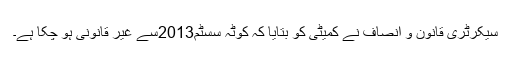
سیکرٹری قانون و انصاف نے کمیٹی کو بتایا کہ کوٹہ سسٹم2013سے غیر قانونی ہو چکا ہے۔